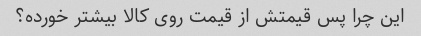
این چرا پس قیمتش از قیمت روی کالا بیشتر خورده؟